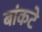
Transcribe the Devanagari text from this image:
बांकटे